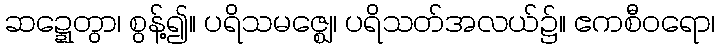
ဆဍ္ဍေတွာ၊ စွန့်၍။ ပရိသမဇ္ဈေ၊ ပရိသတ်အလယ်၌။ ဧကစီဝရော၊